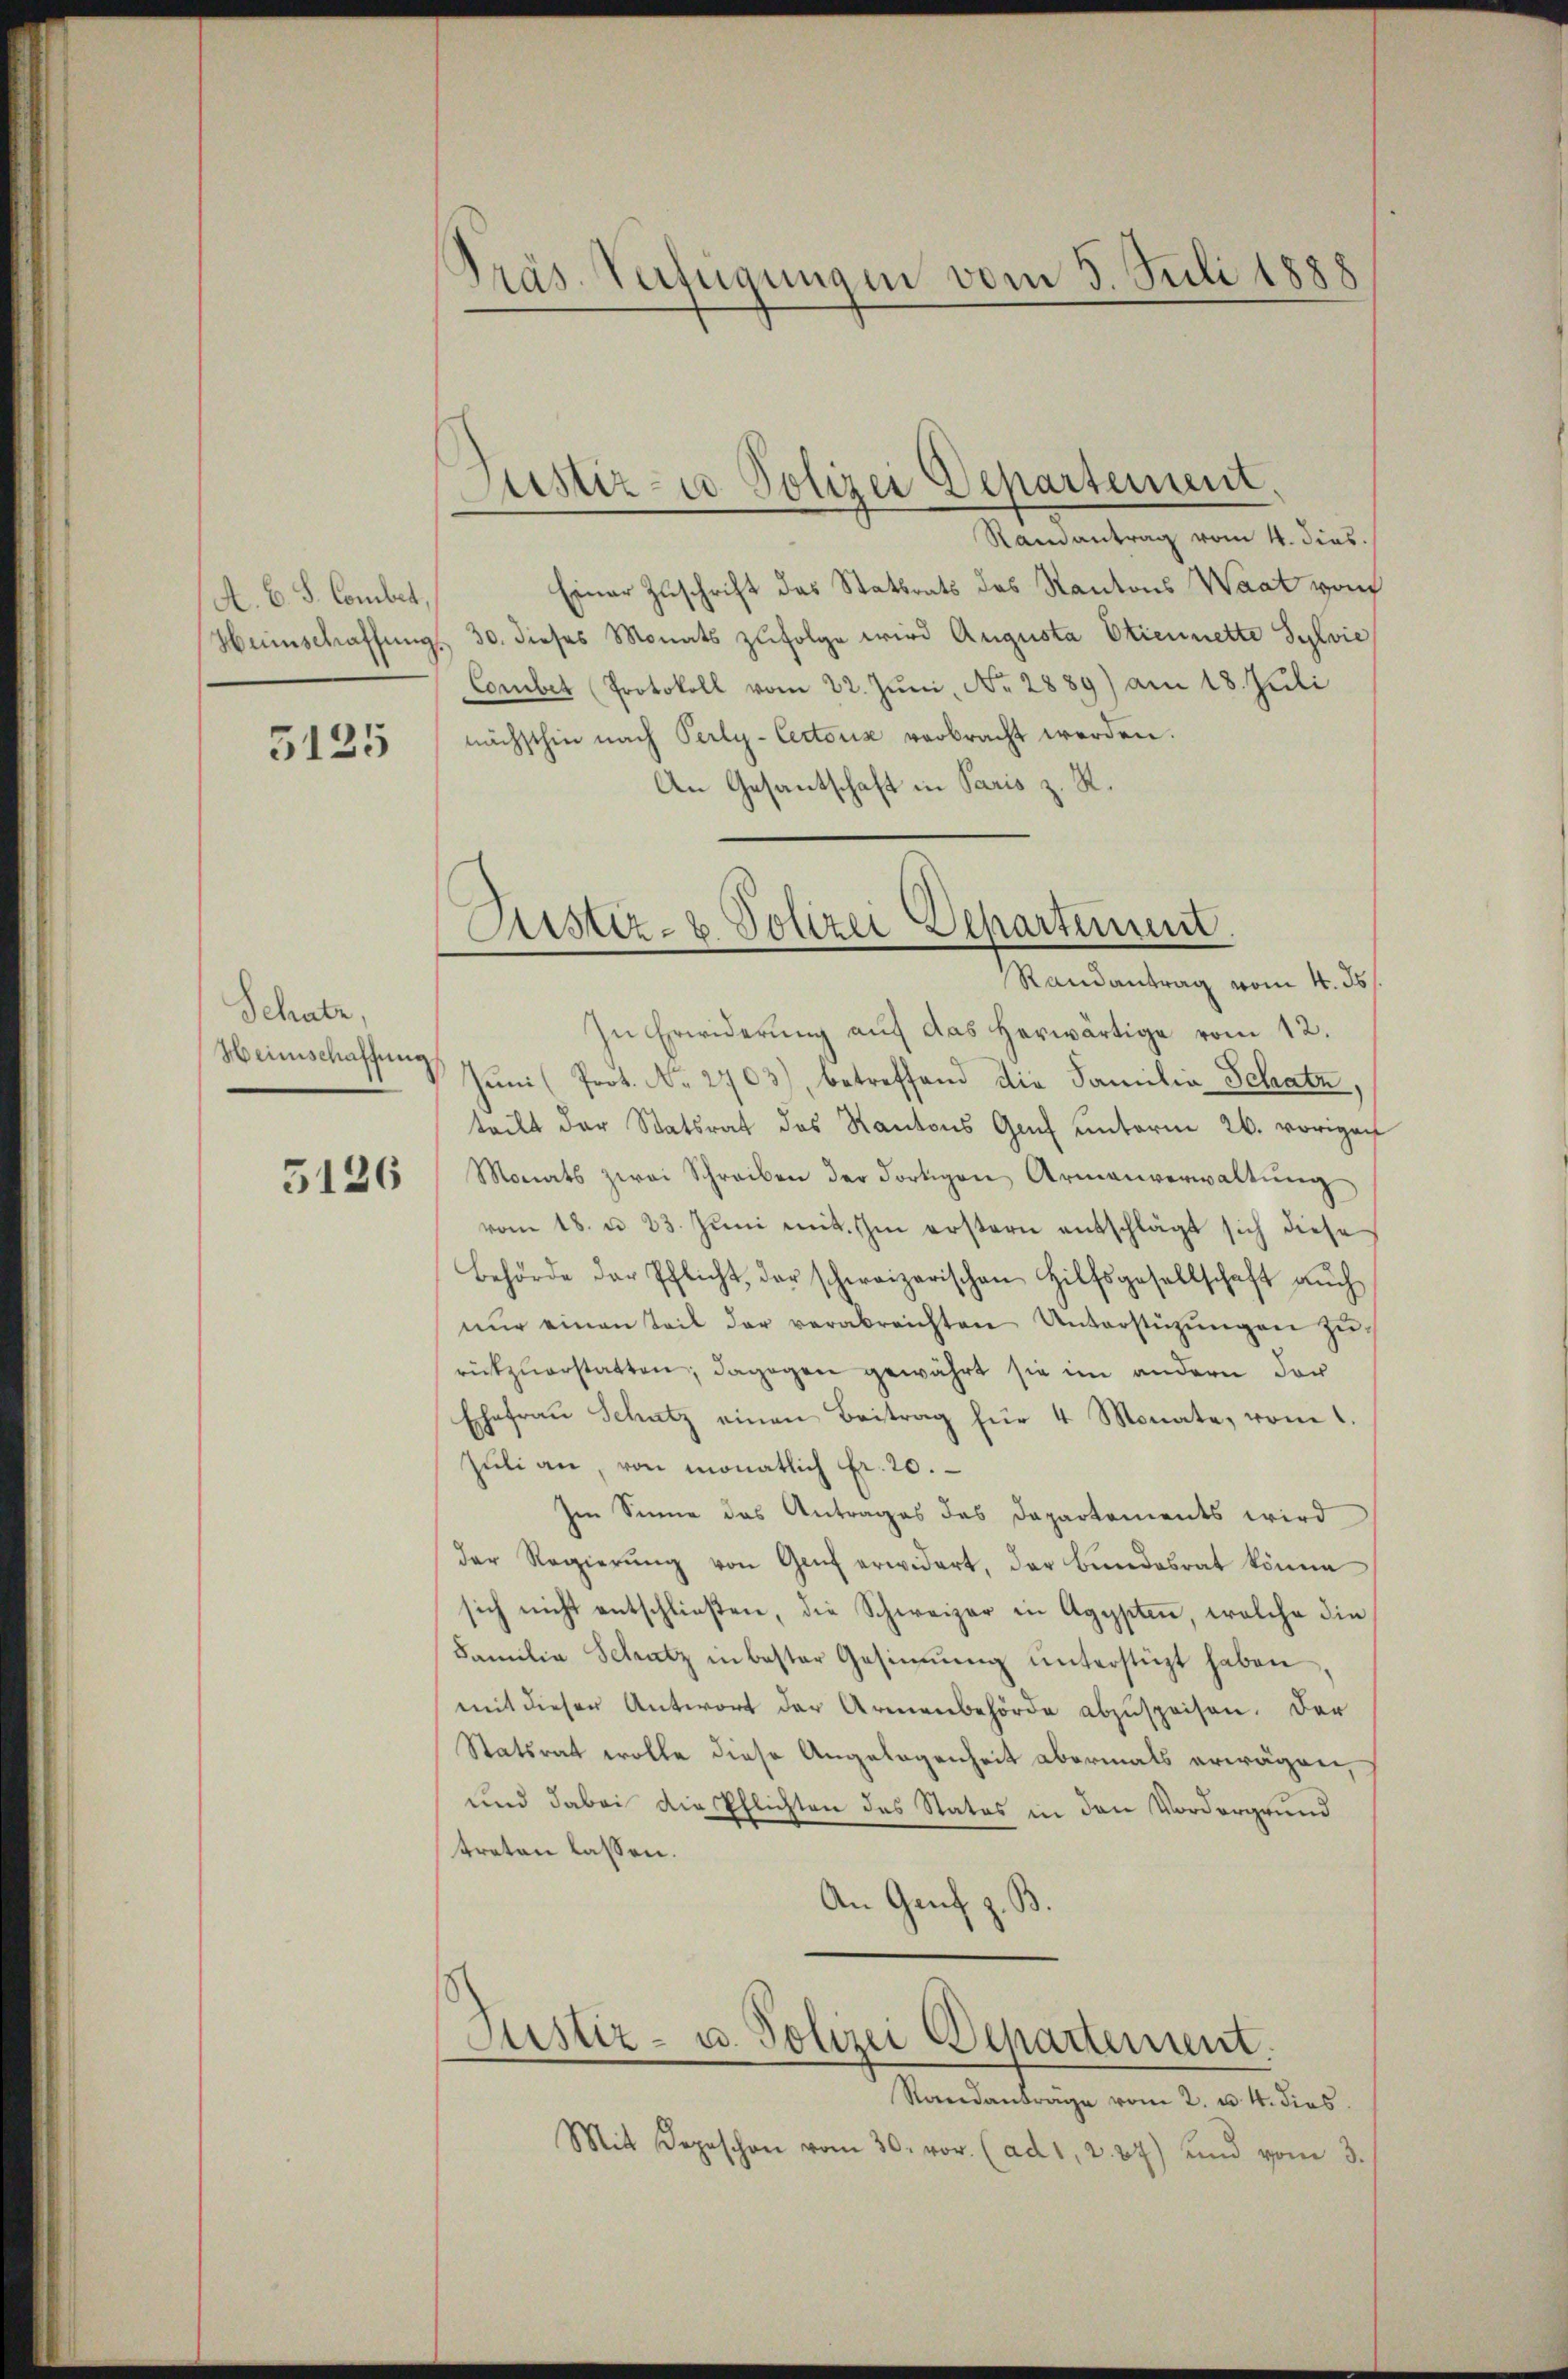
A. B. S. Combet,
Heimschaffung

5125

Schabe.
Heinschaffung

5126

In Erwiderŭng aŭf das herwärtige vom 12.
Juni (Prot. No. 2703), betreffend die Familia Schatz,
teilt der Statsrat des Kantons Genf unterm 26. vorigen
Monats zwei Schreiben der dortigen Armenverwaltŭng
vom 18. u. 23. Jŭni mit ihm erstern entschlägt sich diese
Behörde der Pflicht, der schweizerischen Hilfsgesellschaft aŭch
nŭr einen Teil der verabreichten Unterstützŭngen zŭ
rückzuerstatten; dagegen gewährt sie im andern der
Ehefraŭ Schatz einen Beitrag für 4 Monate, vom 1.
Zŭli an, von monatlich Fr. 20.
Im Sinne das Antrages des Departements wird
der Regierŭng von Genf erwidert, der Bundesrat könne
sich nicht entschließen, die Schweizer in Agypten, welche die
Familie Schatz in bester Gesinnŭng ŭnterstüzt haben,
mit dieser Antwort der Armenbehörde abzŭspeisen. Der
Statsrat wolle diese Angelegenheit abermals erwägen,
und dabei die Pflichten des Statos in den Vordergrund
treten lassen.
An Genf z. B.

Präs. Verfügungen vom 5. Juli 1888

Justiz- u Polizei Departement.

Justiz- & Polizei Departement.
Randantrag vom 4. ds.

Randantrag vom 4. dies.
Einer Zuschrift das Stattrats des Kantons Waat vom
 30. dieses Monats zŭfolge wird Augusta Etiennette Sylvie
Combet Protokoll vom 22. Jŭni, No. 2889) am 18. Juli
nächsthin nach Perly-Cectoris verbracht werden.
An Gesantschaft in Paris z. R.

Justiz- u. Polizei Departement.

Randantrage vom 2. u. 4. dies
Mit Depeschon vom 30. vor. (ad 1, 2. 27) und vom 3.